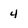
Character: 4